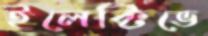
ইলেক্টিভে